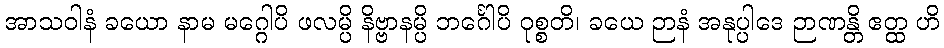
အာသဝါနံ ခယော နာမ မဂ္ဂေါပိ ဖလမ္ပိ နိဗ္ဗာနမ္ပိ ဘင်္ဂေါပိ ဝုစ္စတိ၊ ခယေ ဉာနံ အနုပ္ပါဒေ ဉာဏန္တိ ဧတ္ထ ဟိ